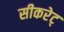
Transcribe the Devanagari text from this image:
सीकरेट्